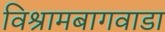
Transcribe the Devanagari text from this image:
विश्रामबागवाडा